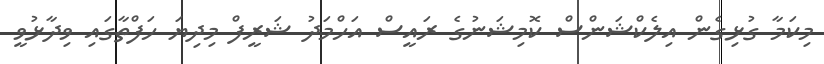
މިކަމާ ގުޅިގެން އިލެކްޝަންސް ކޮމިޝަނުގެ ރައީސް އަހްމަދު ޝަރީފް މިދިޔަ ހަފްތާގައި ވިދާޅުވީ